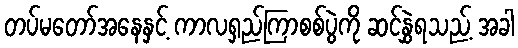
တပ်မတော်အနေနှင့် ကာလရှည်ကြာစစ်ပွဲကို ဆင်နွှဲရသည့် အခါ